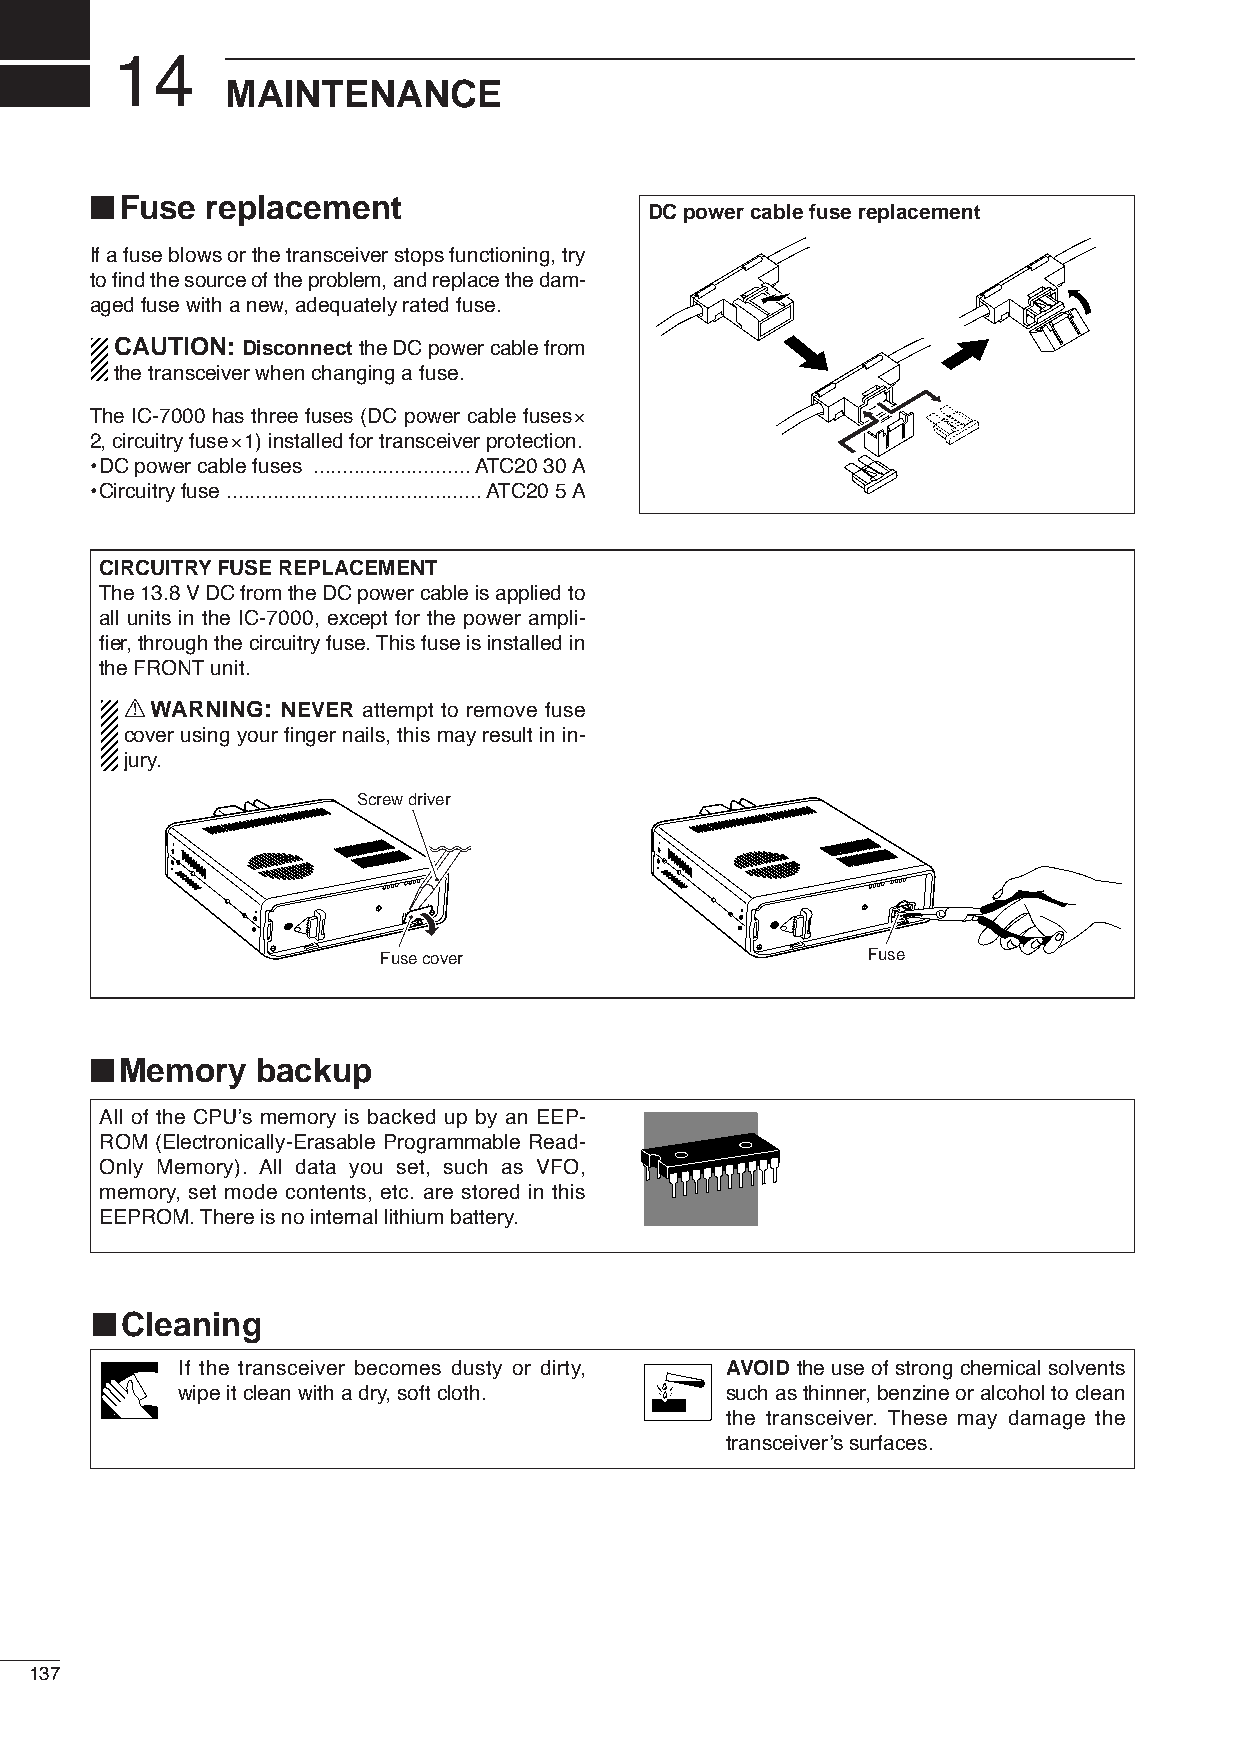
14
 MAINTENANCE
 ■
 Fuse  replacement
 DC power cable fuse replacement
 If a fuse blows or the transceiver stops functioning, try
 to find the source of the problem, and replace the dam-
 aged fuse with a new, adequately rated fuse.
 CAUTION: Disconnect the DC power cable from
 the transceiver when changing a fuse.
 The IC-7000 has three fuses (DC power cable fuses×
 2, circuitry fuse×1) installed for transceiver protection.
 •DC power cable fuses ...........................ATC20 30 A
 •Circuitry fuse ............................................ATC20 5 A
 CIRCUITRYFUSE REPLACEMENT
 The 13.8 V DC from the DC power cable is applied to
 all units in the IC-7000, except for the power ampli-
 fier, through the circuitry fuse. This fuse is installed in
 the FRONTunit.
 RWARNING:  NEVER attempt to remove fuse
 cover using your finger nails, this may result in in-
 jury.
 Screw driver
 Fuse cover                      Fuse
 ■
 Memory   backup
 All of the CPU’s memory is backed up by an EEP-
 ROM (Electronically-Erasable Programmable Read-
 Only Memory). All data you set, such as VFO,
 memory, set mode contents, etc. are stored in this
 EEPROM. There is no internal lithium battery.
 ■
 Cleaning
 If the transceiver becomes dusty or dirty, AVOID the use of strong chemical solvents
 wipe it clean with a dry, soft cloth. such as thinner, benzine or alcohol to clean
 the transceiver. These may damage the
 transceiver’s surfaces.
 137